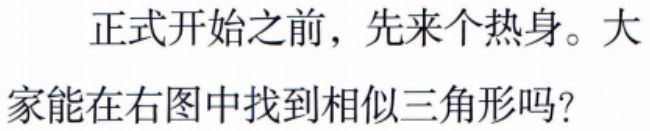
正式开始之前，先来个热身。大

家能在右图中找到相似三角形吗？